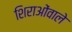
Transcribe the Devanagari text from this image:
शिराओंवाले